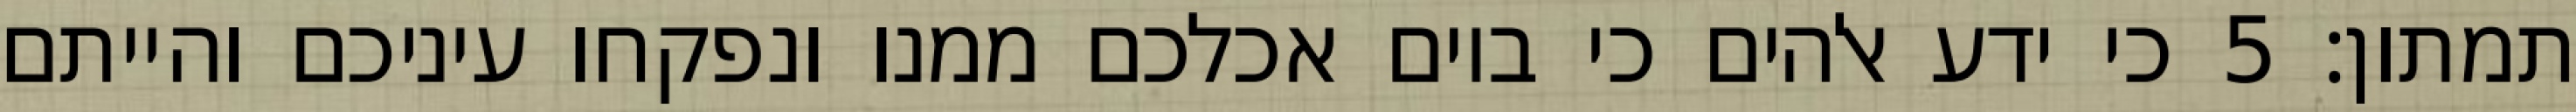
תמתון׃ ‎5‏ כי ידע אלהים כי ביום אכלכם ממנו ונפקחו עיניכם והייתם